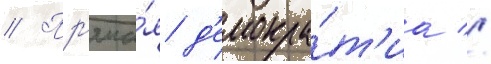
// Пр'яма́я д'емокра́т'иа //